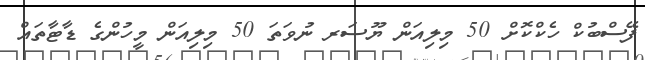
ފޭސްބުކް ހެކްކޮށް 50 މިލިއަން ޔޫސަރ ނުވަތަ 50 މިލިއަން މީހުންގެ ޑާޓާތައް